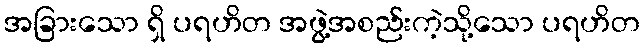
အခြားသော ရှိ ပရဟိတ အဖွဲ့အစည်းကဲ့သို့သော ပရဟိတ